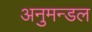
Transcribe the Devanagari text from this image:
अनुमन्डल